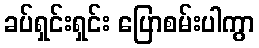
ခပ်ရှင်းရှင်း ပြောစမ်းပါကွာ